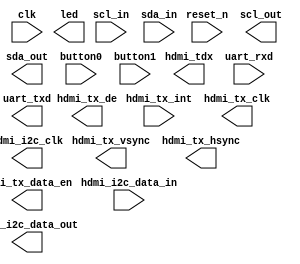
//======================================================================
//
// fltfpga.v
// ---------
// Top level wrapper for the fltfpga design.
// The fltfpga (FairLight FPGA) is an attempt at implementing a
// demo system om the TerasIC C5G development board using the
// board HDMI and AC97 interfaces for graphics and sound.
//
//
// Copyright (c) 2014, Secworks Sweden AB
// All rights reserved.
//
// Redistribution and use in source and binary forms, with or
// without modification, are permitted provided that the following
// conditions are met:
//
// 1. Redistributions of source code must retain the above copyright
//    notice, this list of conditions and the following disclaimer.
//
// 2. Redistributions in binary form must reproduce the above copyright
//    notice, this list of conditions and the following disclaimer in
//    the documentation and/or other materials provided with the
//    distribution.
//
// THIS SOFTWARE IS PROVIDED BY THE COPYRIGHT HOLDERS AND CONTRIBUTORS
// "AS IS" AND ANY EXPRESS OR IMPLIED WARRANTIES, INCLUDING, BUT NOT
// LIMITED TO, THE IMPLIED WARRANTIES OF MERCHANTABILITY AND FITNESS
// FOR A PARTICULAR PURPOSE ARE DISCLAIMED. IN NO EVENT SHALL THE
// COPYRIGHT OWNER OR CONTRIBUTORS BE LIABLE FOR ANY DIRECT, INDIRECT,
// INCIDENTAL, SPECIAL, EXEMPLARY, OR CONSEQUENTIAL DAMAGES (INCLUDING,
// BUT NOT LIMITED TO, PROCUREMENT OF SUBSTITUTE GOODS OR SERVICES;
// LOSS OF USE, DATA, OR PROFITS; OR BUSINESS INTERRUPTION) HOWEVER
// CAUSED AND ON ANY THEORY OF LIABILITY, WHETHER IN CONTRACT,
// STRICT LIABILITY, OR TORT (INCLUDING NEGLIGENCE OR OTHERWISE)
// ARISING IN ANY WAY OUT OF THE USE OF THIS SOFTWARE, EVEN IF
// ADVISED OF THE POSSIBILITY OF SUCH DAMAGE.
//
//======================================================================

module fltfpga(
               // Clock and reset.
               input wire           clk,
               input wire           reset_n,

               // Board I2C interface.
               output wire           hdmi_i2c_clk,
               input wire            hdmi_i2c_data_in,
               output wire           hdmi_i2c_data_out,

               // HDMI interface.
               input wire            hdmi_tx_int,
               output wire [23 : 0]  hdmi_tdx,
               output wire           hdmi_tx_clk,
               output wire           hdmi_tx_data_en,
               output wire           hdmi_tx_vsync,
               output wire           hdmi_tx_hsync,
               output wire           hdmi_tx_de,

               // I2C interface
               input wire           scl_in,
               output wire          scl_out,
               input wire           sda_in,
               output wire          sda_out,

               // AC97 interface.

               // LED interface.
               output wire [7 : 0]   led,

               // button interface.
               input wire            button0,
               input wire            button1,

               // USB-UART interface.
               input wire          uart_rxd,
               output wire         uart_txd
              );


  //----------------------------------------------------------------
  // Internal constant and parameter definitions.
  //----------------------------------------------------------------
  parameter AUDIO_I2C_ADDR = 8'h42;
  parameter HDMI_I2C_ADDR  = 8'h43;


  //----------------------------------------------------------------
  // Registers including update variables and write enable.
  //----------------------------------------------------------------


  //----------------------------------------------------------------
  // Wires.
  //----------------------------------------------------------------


  //----------------------------------------------------------------
  // Concurrent connectivity for ports etc.
  //----------------------------------------------------------------



  //----------------------------------------------------------------
  // core instantiations.
  //----------------------------------------------------------------


  //----------------------------------------------------------------
  // reg_update
  // Update functionality for all registers in the core.
  // All registers are positive edge triggered with synchronous
  // active low reset. All registers have write enable.
  //----------------------------------------------------------------
  always @ (posedge clk)
    begin
      if (!reset_n)
        begin

        end
      else
        begin

        end
    end // reg_update

endmodule // fltfpga

//======================================================================
// EOF fltfpga.v
//======================================================================